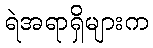
ရဲအရာရှိများက